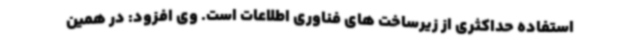
استفاده حداکثری از زیرساخت های فناوری اطلاعات است. وی افزود: در همین